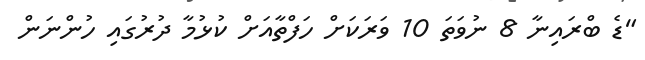
"ޑެ ބްރައިނާ 8 ނުވަތަ 10 ވަރަކަށް ހަފްތާއަށް ކުޅުމާ ދުރުގައި ހުންނަން